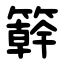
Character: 簳